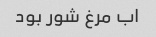
اب مرغ شور بود